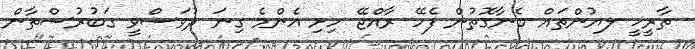
ތާރީޚީ ލޔުންތައް ބެނާގޮތުން ފެހޭ ރާއްޖޭ ހިށި އެންމެ ގިނަ ދުވަސްވީ ގަބުރުސްތާން